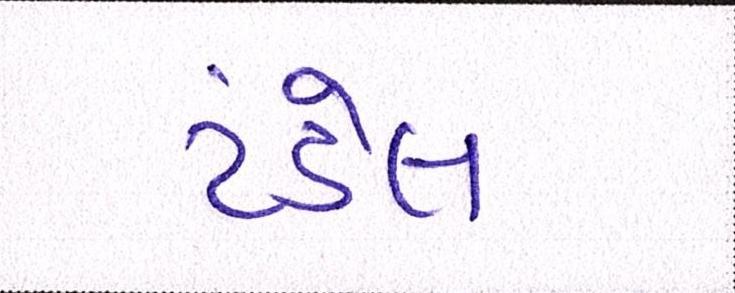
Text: ટંડેલ